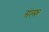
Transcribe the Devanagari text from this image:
सल्फ़